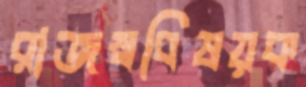
রাজস্ববিষয়ক